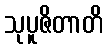
သုပူဇိတာတိ